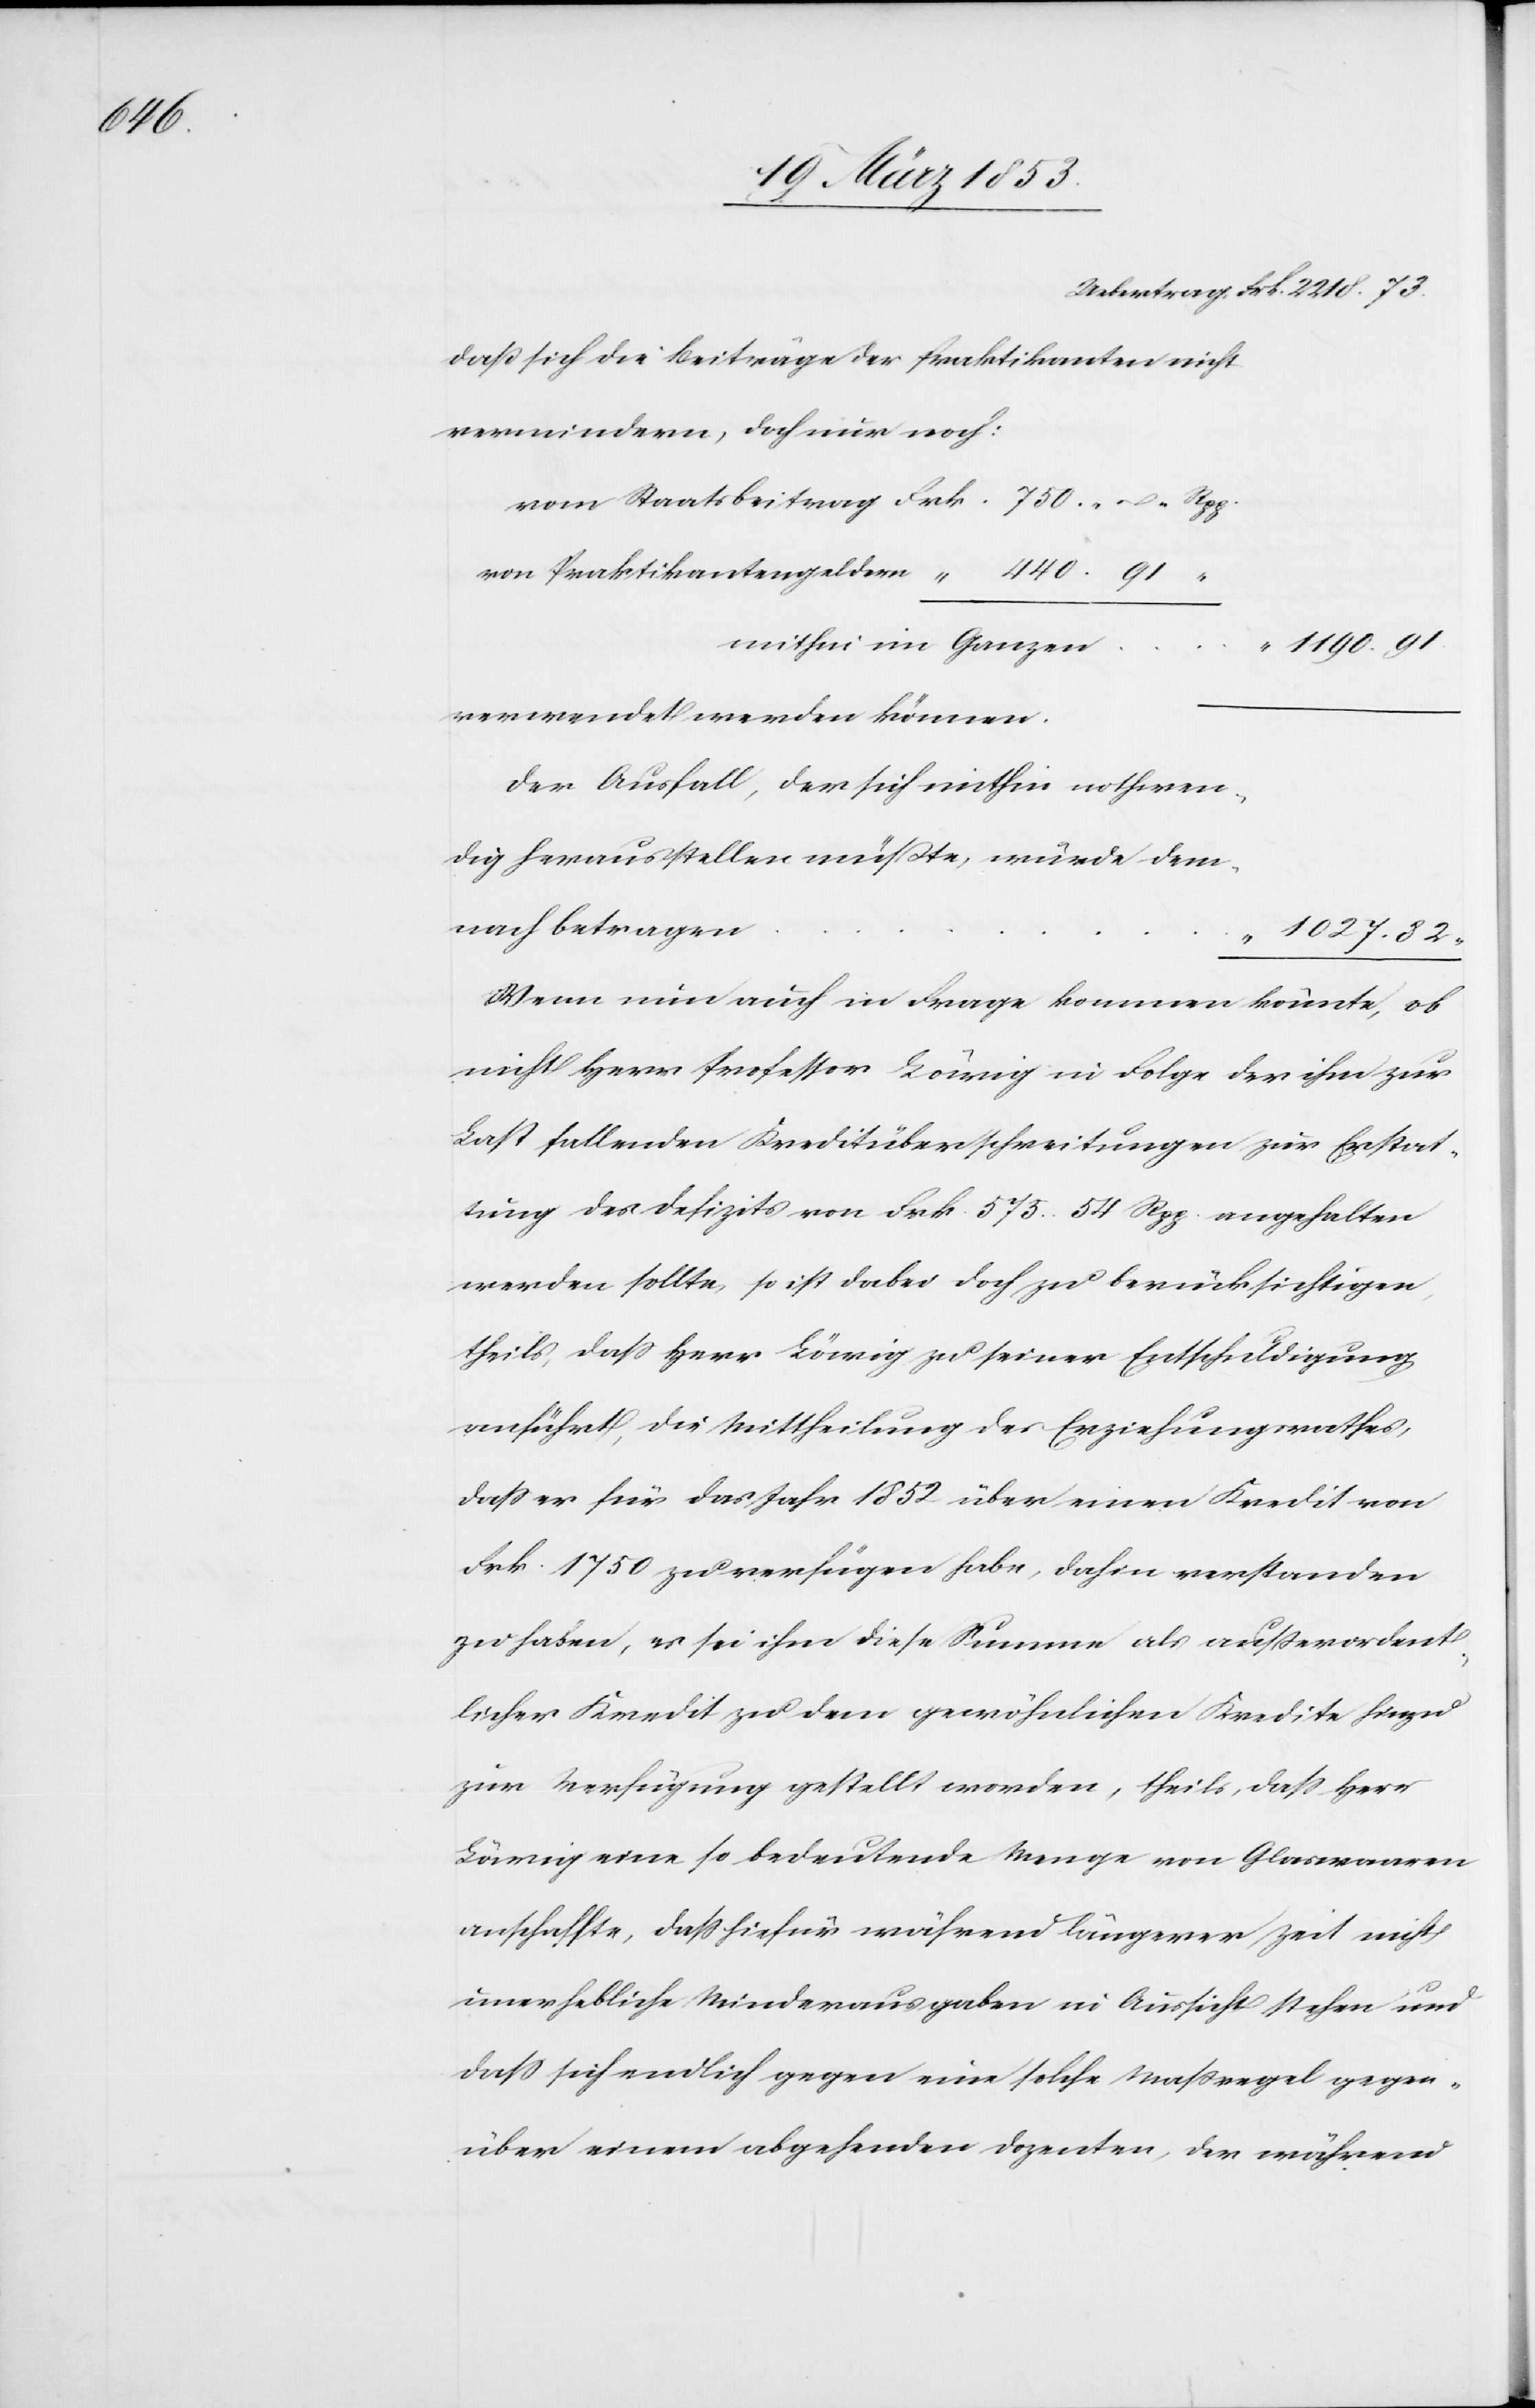
Uebertrag Frk.	2218. 73.
daß sich die Beiträge der Praktikanten nicht
vermindern, doch nur noch:
vom Staatsbeitrag 	Frk. 750. – . Rpp.
von Praktikantengeldern
verwendet werden können.
Der Ausfall, der sich mithin nothwen¬
dig herausstellen müßte, würde
Wenn nun auch in Frage kommen könnte, ob
nicht Herr Professor Lärig in Folge der ihm zur
Last fallenden Kreditüberschreitung zur Erstat¬
tung des Defizits von Frk. 575. 54. Rpp. angehalten
werden sollte, so ist dabei doch zu berücksichtigen,
theils, daß Herr Lärig zu seiner Entschuldigung
anführt, die Mittheilung des Erziehungsrathes,
daß er für das Jahr 1852 über einen Kredit von
Frk. 1750. zu verfügen habe, dahin verstanden
zu haben, es sei ihm diese Summe als außerordent¬
licher Kredit zu dem gewöhnlichen Kredite hinzu
zur Verfügung gestellt worden, theils, daß Herr
Lärig eine so bedeutende Menge von Glaswaaren
anschaffte, daß hiefür während längerer Zeit nicht
unerheblich Minderausgaben in Aussicht stehen und
daß sich endlich gegen eine solche Maßregel gegen¬
über einem abgehenden Dozenten, der während